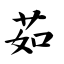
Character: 菇